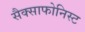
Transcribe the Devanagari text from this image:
सैक्साफोनिस्ट